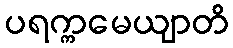
ပရက္ကမေယျာတိ